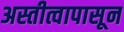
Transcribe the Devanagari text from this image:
अस्तीत्वापासून